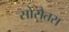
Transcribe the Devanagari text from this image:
सोसैतस